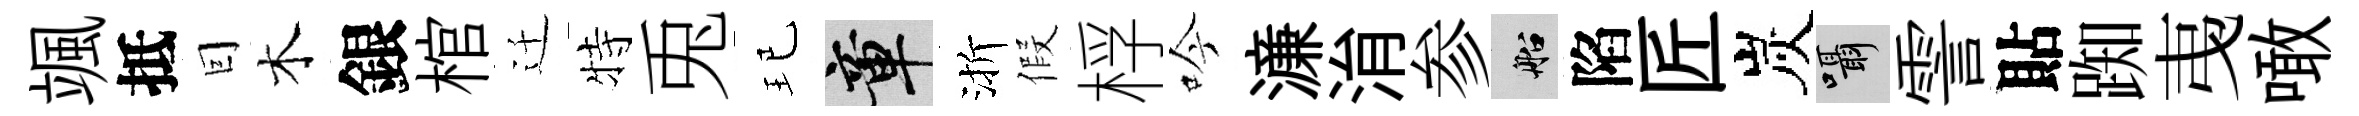
颯抵囙木銀棺迁特兎玘章渐假桴吟濓㳙参船陷匠炭囁霅貼踟𢎯噉